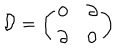
\mathcal { D } = \left( \begin{array} { c c } { { 0 } } & { { \partial } } \\ { { \partial } } & { { 0 } } \\ \end{array} \right)